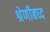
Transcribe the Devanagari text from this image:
श्रेणीबध्द